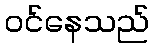
ဝင်နေသည်